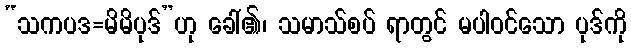
“သကပဒ=မိမိပုဒ်”ဟု ခေါ်၏၊ သမာသ်စပ် ရာတွင် မပါဝင်သော ပုဒ်ကို